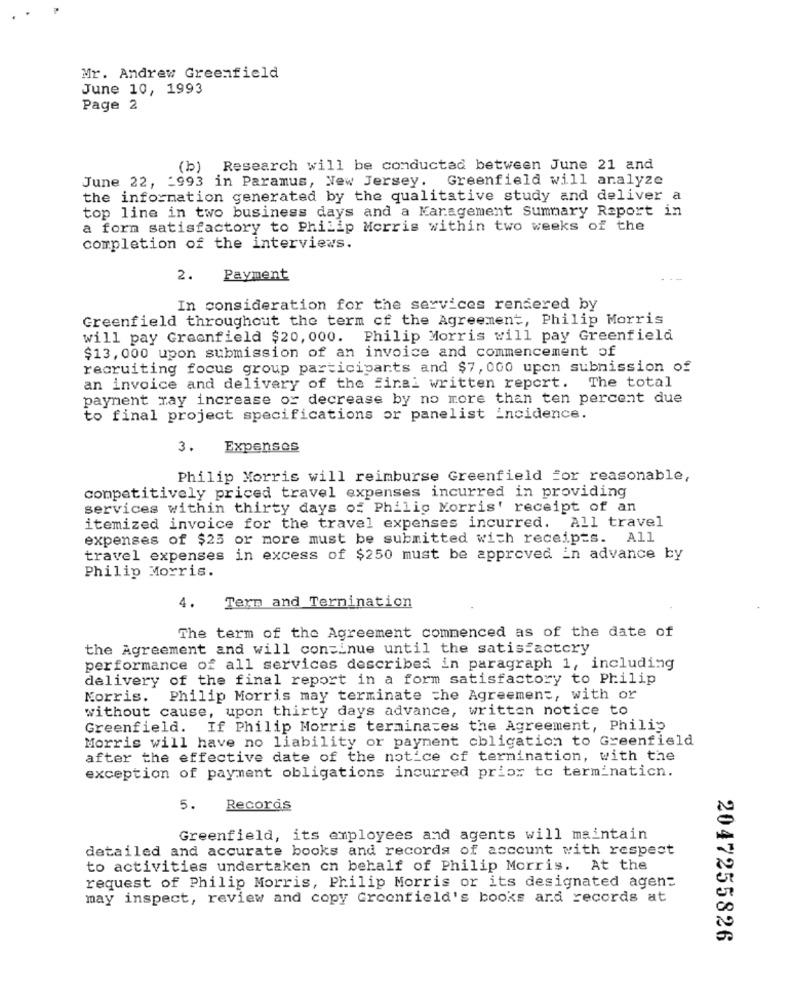
Mr. Andrew Greenfield
June 10, 1993
Page 2
(b) Research will be conducted between June 21 and
June 22, - 993 in Paramus, New Jersey. Greenfield will analyze
the information generated by the qualitative study and deliver a
top line in two business days and a Karagement Summary Report in
a form satisfactory to Philip Morris within two weeks of the
completion of the interviews.
2.
Payment
In consideration for the services rendered by
Greenfield throughout the term of the Agreement, Philip Morris
will pay Greenfield $20, 000. Philip Morris will pay Greenfield
$13, 000 upon submission of an invoice and commencement of
recruiting focus group participants and $7, 000 upon submission of
an invoice and delivery of the final written report. The total
payment ray increase or decrease by no more than ten percent due
to final project specifications or panelist incidence.
Expenses
Philip Morris will reimburse Greenfield For reasonable,
competitively priced travel expenses incurred in providing
services within thirty days of Philip Morris' receipt of an
itemized invoice for the travel expenses incurred. All travel
expenses of $25 or more must be submitted with receipts. All
travel expenses in excess of $250 must be approved in advance by
Philip Morris.
4.
Term and Ternination
The term of the Agreement commenced as of the date of
the Agreement and will continue until the satisfactory
performance of all services described in paragraph 1, including
delivery of the final report in a form satisfactory to Philip
Norris. Philip Morris may terminate che Agreement, with or
without cause, upon thirty days advance, written notice to
Greenfield. If Philip Morris terminates the Agreement, Philip
Morris will have no liability or payment obligation to Greenfield
after the effective date of the notice of termination, with the
exception of payment obligations incurred prior to terminaticn.
5.
Records
Greenfield, its employees and agents will maintain
detailed and accurate books and records of account with respect
to activities undertaken on behalf of Philip Morris. At the
request of Philip Morris, Philip Morris or its designated agent
may inspect, review and copy Greenfield's books and records at
2047255826